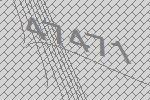
47471